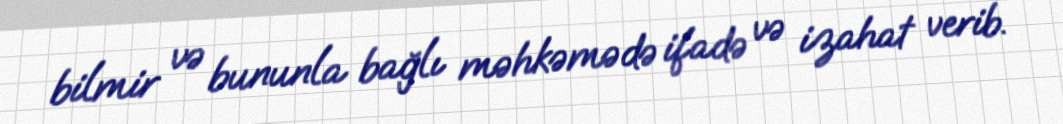
bilmir və bununla bağlı məhkəmədə ifadə və izahat verib.